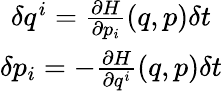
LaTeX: \begin{array}{c}{\delta q^{i}=\frac{\partial H}{\partial p_{i}}(q,p)\delta t}\\ {\delta p_{i}=-\frac{\partial H}{\partial q^{i}}(q,p)\delta t}\end{array}